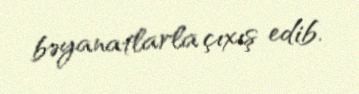
bəyanatlarla çıxış edib.